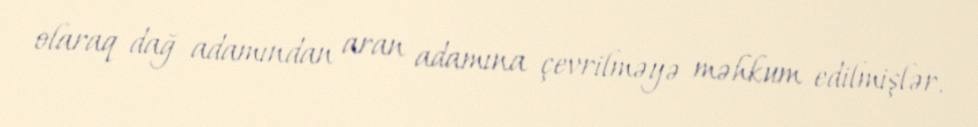
olaraq dağ adamından aran adamına çevrilməyə məhkum edilmişlər.